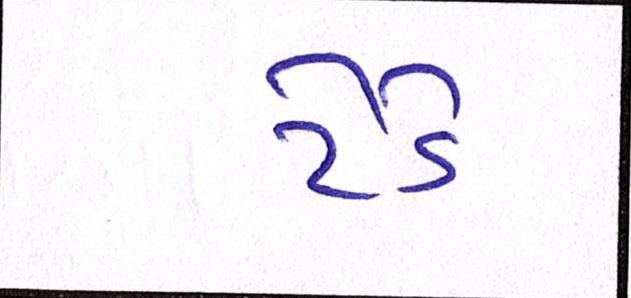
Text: ટેડે